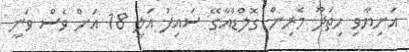
އަނިޔާވި ހިތަދޫ މެރިން ގޮލްޑްއާގޭ ސައިފު އަލީ 18 އަށް ވެސް ވަނީ